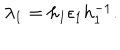
\lambda _ { 1 } = h _ { 1 } \epsilon _ { 1 } h _ { 1 } ^ { - 1 } .